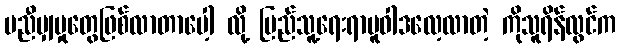
မညီမျှမှုတွေဖြစ်လာတာပေါ့ လို့ ပြည်သူ့ရေးရာမူဝါဒလေ့လာတဲ့ ကိုသူရိန်လွင်က